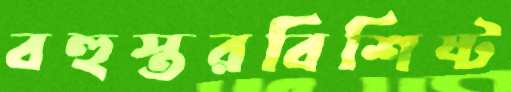
বহুস্তরবিশিষ্ট